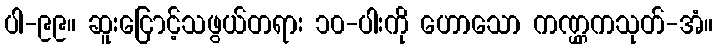
ပါ-၉၉။ ဆူးငြောင့်သဖွယ်တရား ၁၀-ပါးကို ဟောသော ကဏ္ဌ္ဌကသုတ်-အံ။